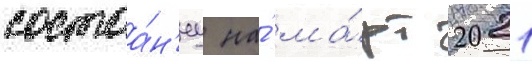
состоа́н'иу на́ ма́рт 2021